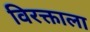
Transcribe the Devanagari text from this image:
विरक्ताला